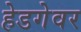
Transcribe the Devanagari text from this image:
हेडगेवर